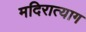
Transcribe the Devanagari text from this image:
मदिरात्याग